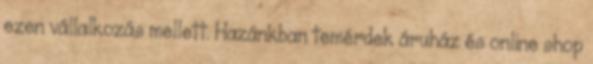
ezen vállalkozás mellett. Hazánkban temérdek áruház és online shop